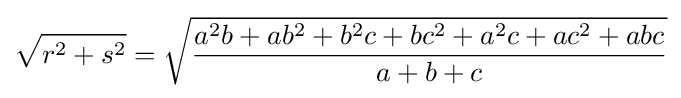
{\sqrt {r^{2}+s^{2}}}={\sqrt {\frac {a^{2}b+ab^{2}+b^{2}c+bc^{2}+a^{2}c+ac^{2}+abc}{a+b+c}}}